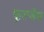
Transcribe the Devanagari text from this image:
फुल्जेंस